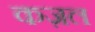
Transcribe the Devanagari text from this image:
कज़ल